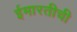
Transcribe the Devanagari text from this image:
ईमारतीची